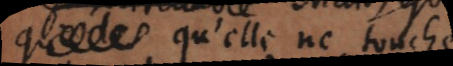
qu’elle qu’elle ne touche